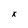
Character: x